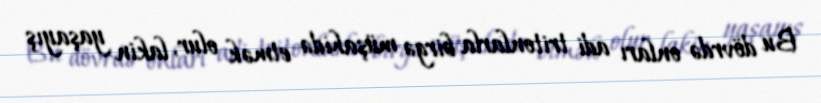
Bu dövrdə onları adi tritonlarla birgə müşahidə etmək olur, lakin yaşayış